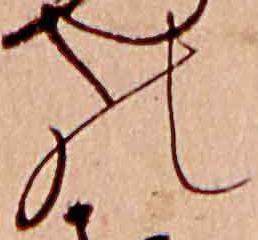
の